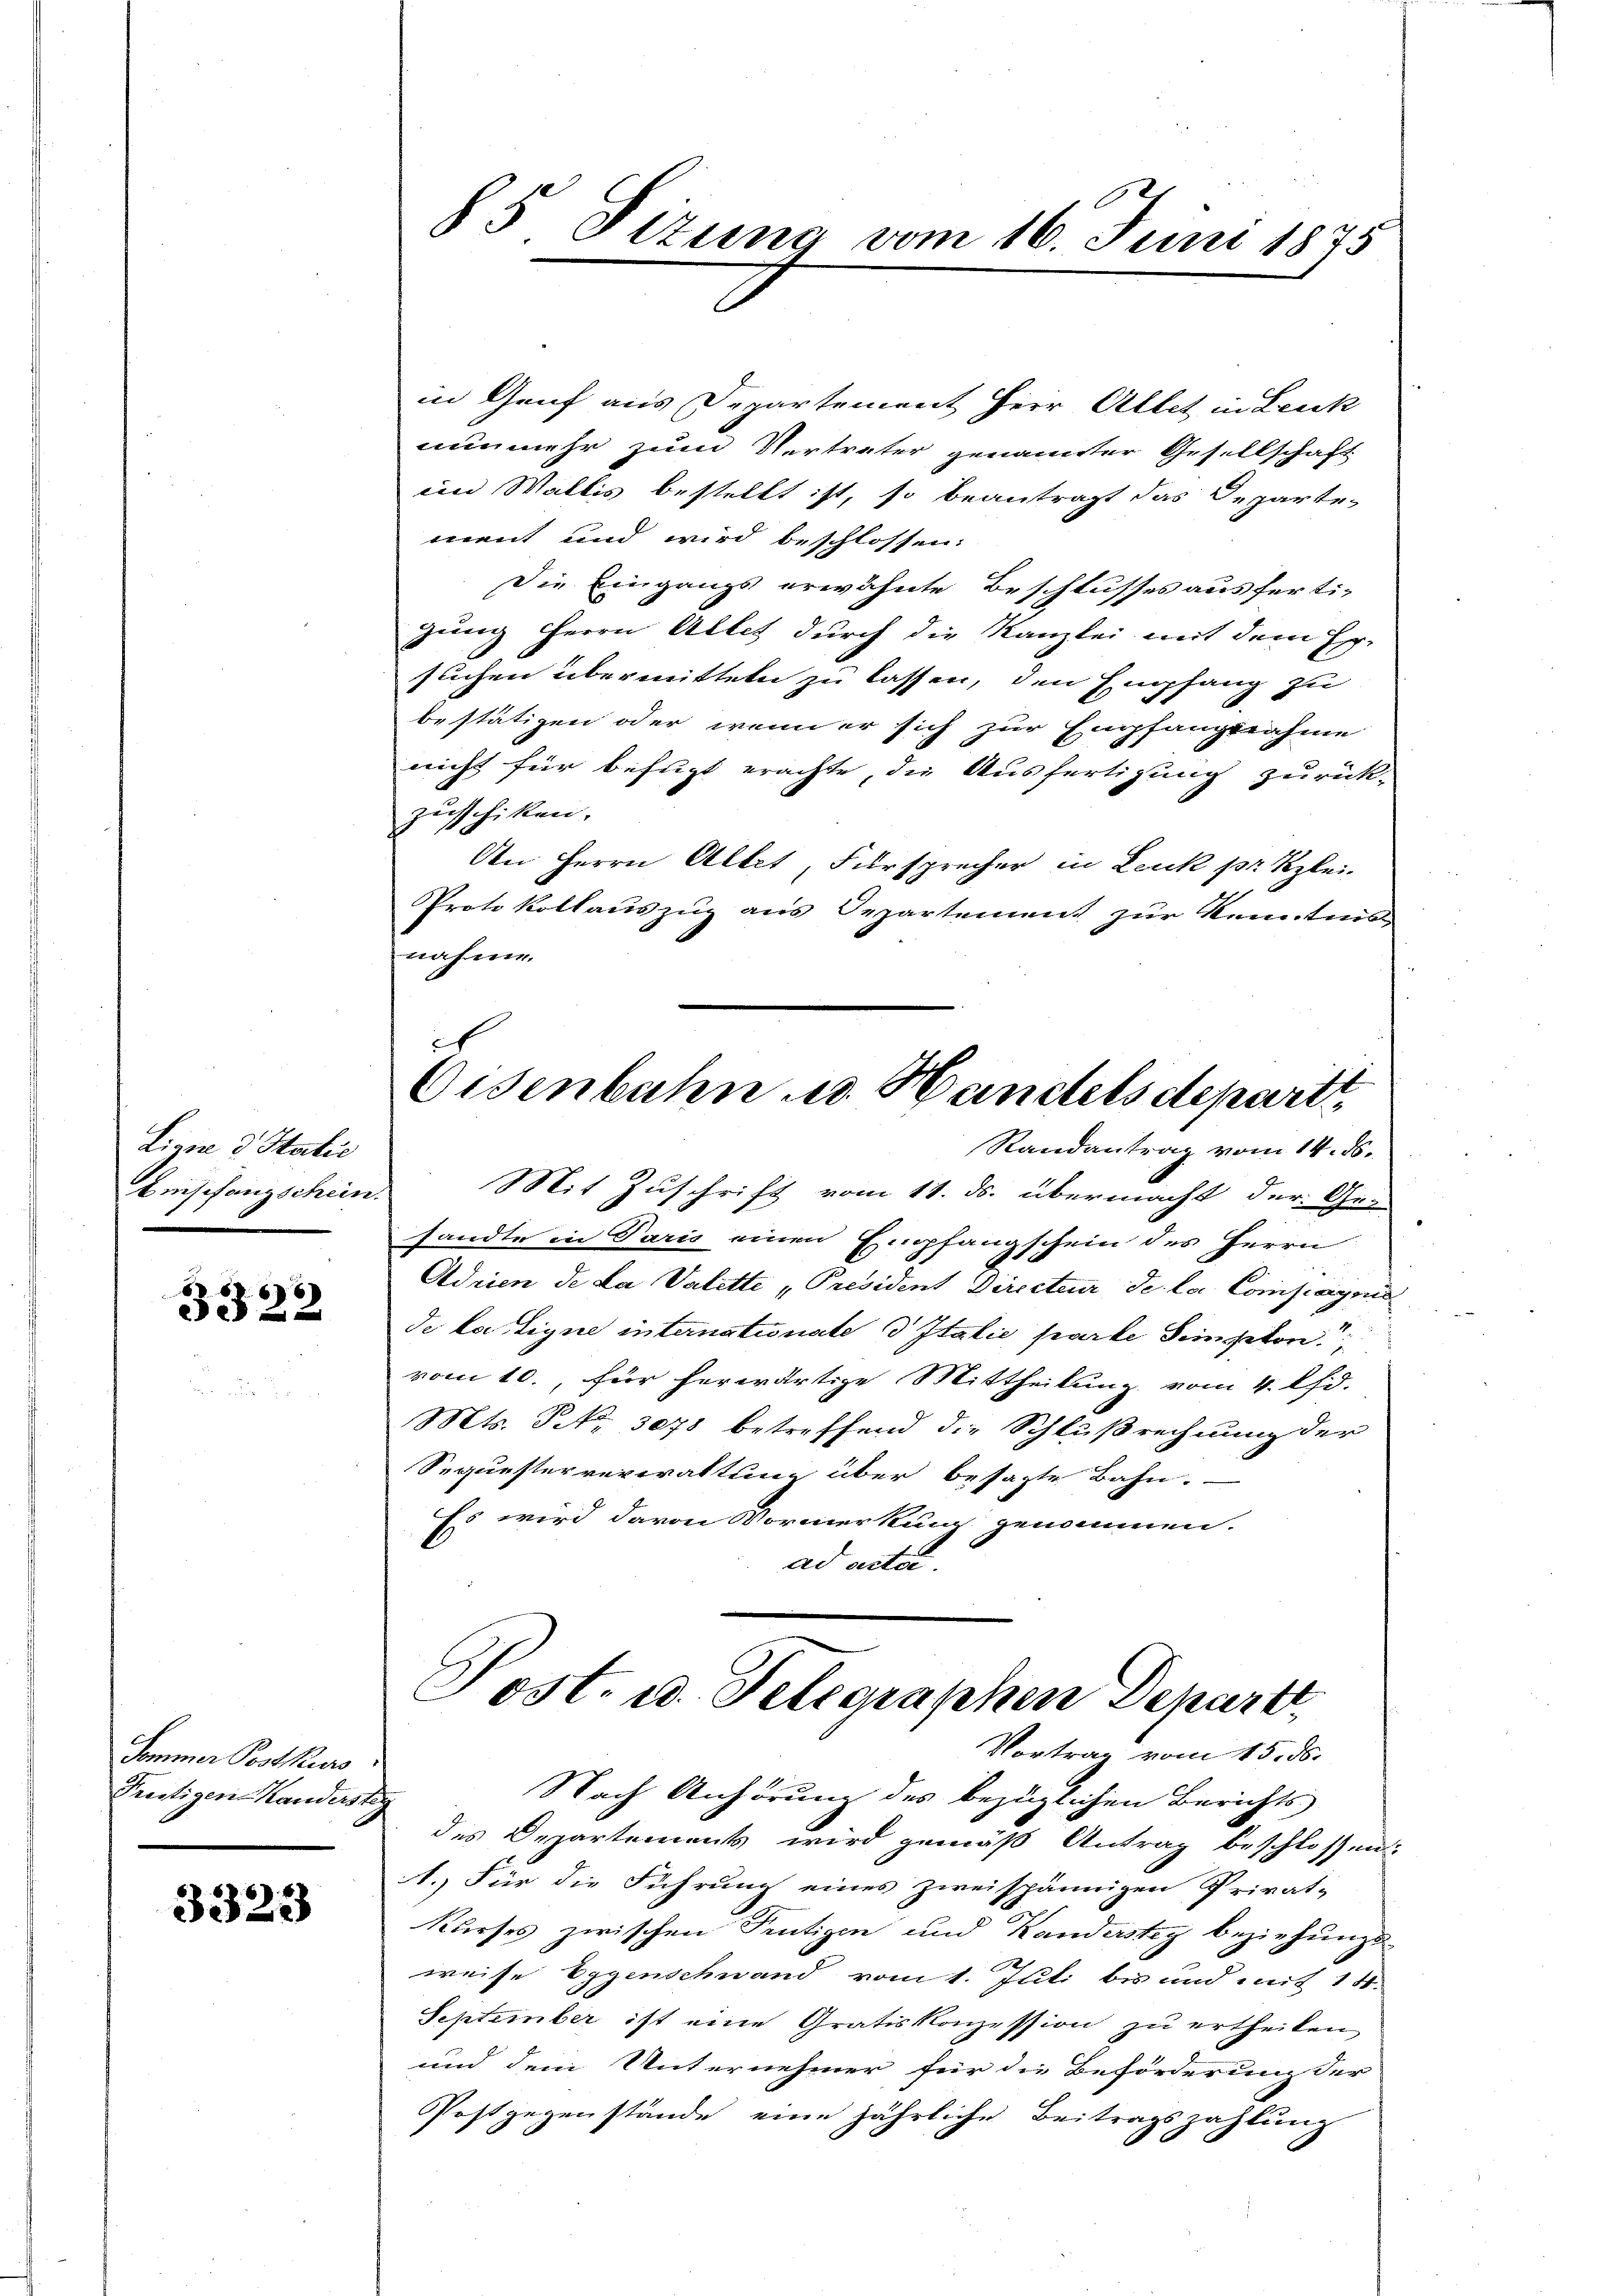
Linne d. Statio
Eispfangschein.

3322

Sommer Postkurs
Treitigen Kanderster

3323

in Genf aus Departement Herr Altet in Leuk
nunmehr zum Vertreter genannter Gesellschaft
im Wallis bestellt ist, so beantragt das Departe-
ment und wird beschlossen:
Die Eingangs erwähnte Beschlusses ausferti-
gung Herrn Altet durch die Kanzlei mit dem Er-
suchen übermitteln zu lassen, den Empfang zu
bestätigen oder wenn er sich zur Empfangsnahme
nicht für befugt erachte, die Ausfertigung zurück-
zuschiken.
An Herrn Altet, Fürsprecher in Leuk pr. Klei¬
Protokollauszug aus Departement zur Kenntnis
nahme.
c
Eisenbahn u. Handelsdeparti
Randantrag vom 14. ds.
1
Mit Zuschrift vom 11. ds. übermacht der Ge-
sandte in Paris einen Empfangschein des Herrn
Adrien de la Valette „Président Directeur de la Compagnis
de la ligne internationale d Italie parte Sempton
vom 10., für herwärtige Mittheilung vom 4. Chr.
Mts. S. 3078 betreffend die Schlußrechnung der
Sequesterverwaltung über besagte Bahn.
Es wird davon Vormerkung genommen.
ad actat

§5 Sizung vom 16. Juni 1875

des Departements wird gemäß Antrag beschlossen:
1.) Für die Führung eines zweispännigen Privat-
Kueses zwischen Teutigen und Kandersteg beziehungs-
weise Eggenschwand vom 1. Juli bis und mit 14.
September ist eine Gratiskonzession zu ertheilen,
und dem Unternehmer für die Beförderung der
Postgegenstände eine jährliche Beitragszahlung

Post. u. Telegraphen Departt
Vortrag vom 15. ds.
Nach Anhörung des bezüglichen Berichts